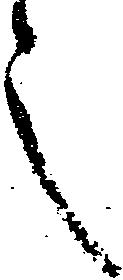
之